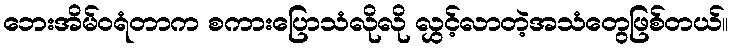
ဘေးအိမ်ဝရံတာက စကားပြောသံလိုလို လွှင့်လာတဲ့အသံတွေဖြစ်တယ်။